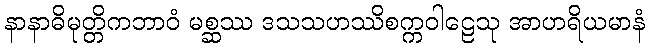
နာနာဓိမုတ္တိကဘာဝံ မစ္ဆဿ ဒသသဟဿိစက္ကဝါဠေသု အာဟရိယမာနံ